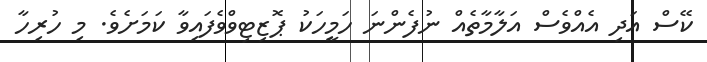
ކޭސް އަދި އެއްވެސް އަލާމާތެއް ނުފެންނަ ހަމީހަކު ޕޮޒިޓިވްވެފައިވާ ކަމަށެވެ. މި ހުރިހާ